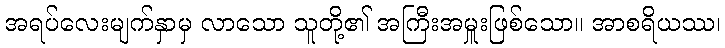
အရပ်လေးမျက်နှာမှ လာသော သူတို့၏ အကြီးအမှူးဖြစ်သော။ အာစရိယဿ၊